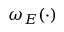
\omega _ { E } ( \cdot )